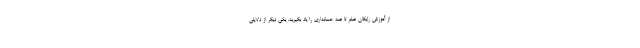
از آموزش رایگان صفر تا صد حسابداری را یاد بگیرید. یکی دیگر از دلایلی